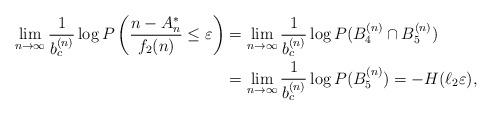
LaTeX: \begin{align*}\lim_{n\to\infty}\frac{1}{b_c^{(n)}}\log P\left(\frac{n-A_n^*}{f_2(n)}\leq\varepsilon\right)&=\lim_{n\to\infty}\frac{1}{b_c^{(n)}}\log P(B_4^{(n)}\cap B_5^{(n)})\\&=\lim_{n\to\infty}\frac{1}{b_c^{(n)}}\log P(B_5^{(n)})=-H(\ell_2\varepsilon),\end{align*}